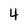
Character: 4